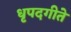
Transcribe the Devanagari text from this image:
धृपदगीते